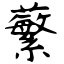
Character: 蘩